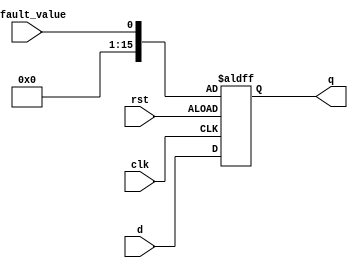
`timescale 1ns / 1ps

module dff(
    input clk,
    input [15:0] d,
    input rst, 
    input default_value,
    output reg [15:0] q    
);

always @(posedge clk, posedge rst) begin
    if(rst) q <= default_value;
    else q <= d;
end

endmodule